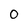
Character: O